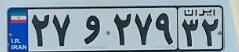
۲۷و۲۷۹۳۲